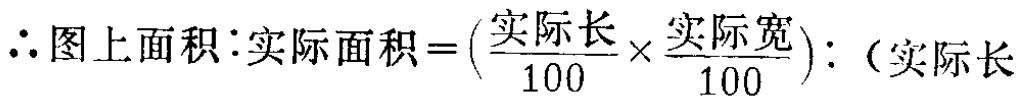
\(\therefore 图上面积\colon 实际面积 = (\frac{实际长}{100} \times \frac{实际宽}{100})\colon (实际长\)